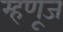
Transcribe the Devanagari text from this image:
म्हणूज